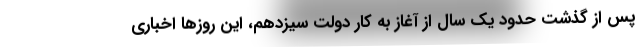
پس از گذشت حدود یک سال از آغاز به کار دولت سیزدهم، این روزها اخباری